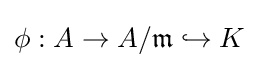
\phi :A\to A/{\mathfrak {m}}\hookrightarrow K